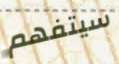
سيتفهم